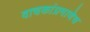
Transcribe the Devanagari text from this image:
वाचकांप्रमाणेच